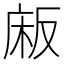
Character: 𫷰